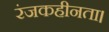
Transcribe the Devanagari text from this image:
रंजकहीनता।